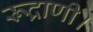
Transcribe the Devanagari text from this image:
रूद्राणी।